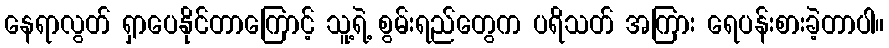
နေရာလွတ် ရှာပေနိုင်တာကြောင့် သူ့ရဲ့ စွမ်းရည်တွေက ပရိသတ် အကြား ရေပန်းစားခဲ့တာပါ။